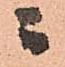
ニ